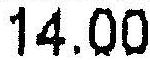
14.00